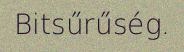
Bitsűrűség.